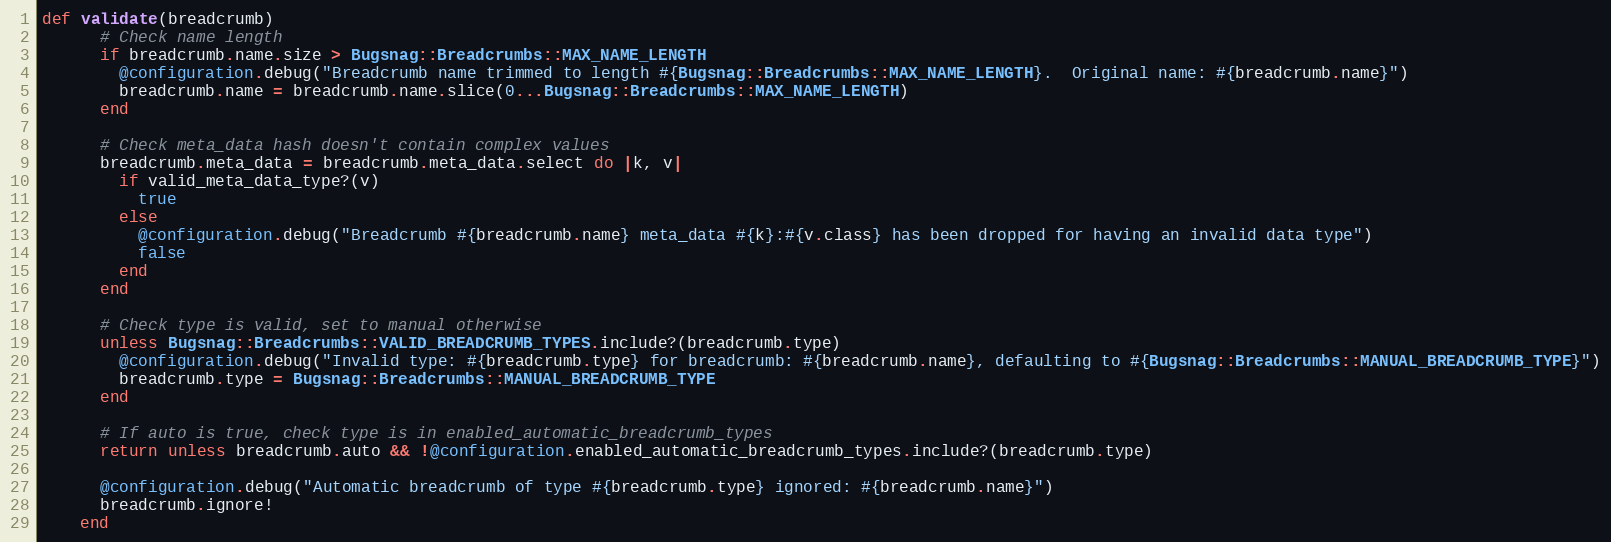
Language: Ruby
def validate(breadcrumb)
      # Check name length
      if breadcrumb.name.size > Bugsnag::Breadcrumbs::MAX_NAME_LENGTH
        @configuration.debug("Breadcrumb name trimmed to length #{Bugsnag::Breadcrumbs::MAX_NAME_LENGTH}.  Original name: #{breadcrumb.name}")
        breadcrumb.name = breadcrumb.name.slice(0...Bugsnag::Breadcrumbs::MAX_NAME_LENGTH)
      end

      # Check meta_data hash doesn't contain complex values
      breadcrumb.meta_data = breadcrumb.meta_data.select do |k, v|
        if valid_meta_data_type?(v)
          true
        else
          @configuration.debug("Breadcrumb #{breadcrumb.name} meta_data #{k}:#{v.class} has been dropped for having an invalid data type")
          false
        end
      end

      # Check type is valid, set to manual otherwise
      unless Bugsnag::Breadcrumbs::VALID_BREADCRUMB_TYPES.include?(breadcrumb.type)
        @configuration.debug("Invalid type: #{breadcrumb.type} for breadcrumb: #{breadcrumb.name}, defaulting to #{Bugsnag::Breadcrumbs::MANUAL_BREADCRUMB_TYPE}")
        breadcrumb.type = Bugsnag::Breadcrumbs::MANUAL_BREADCRUMB_TYPE
      end

      # If auto is true, check type is in enabled_automatic_breadcrumb_types
      return unless breadcrumb.auto && !@configuration.enabled_automatic_breadcrumb_types.include?(breadcrumb.type)

      @configuration.debug("Automatic breadcrumb of type #{breadcrumb.type} ignored: #{breadcrumb.name}")
      breadcrumb.ignore!
    end